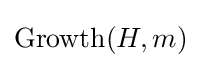
\operatorname {Growth} (H,m)